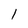
Character: l